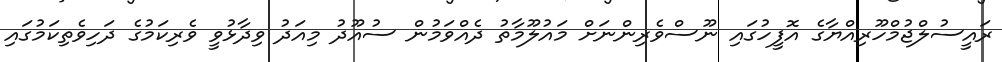
ރައީސުލްޖުމްހޫރިއްޔާގެ އޮފީހުގައި ނޫސްވެރިންނަށް މައުލޫމާތު ދެއްވަމުން ސުއޫދު މިއަދު ވިދާޅުވީ ވެރިކަމުގެ ދަހިވެތިކަމުގައި